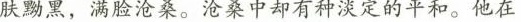
肤黝黑，满脸沧桑。沧桑中却有种淡定的平和。他在